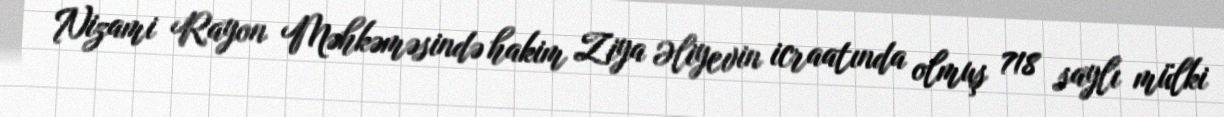
Nizami Rayon Məhkəməsində hakim Ziya Əliyevin icraatında olmuş 718 saylı mülki